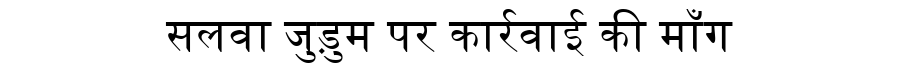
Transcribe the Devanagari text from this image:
सलवा जुड़ुम पर कार्रवाई की माँग